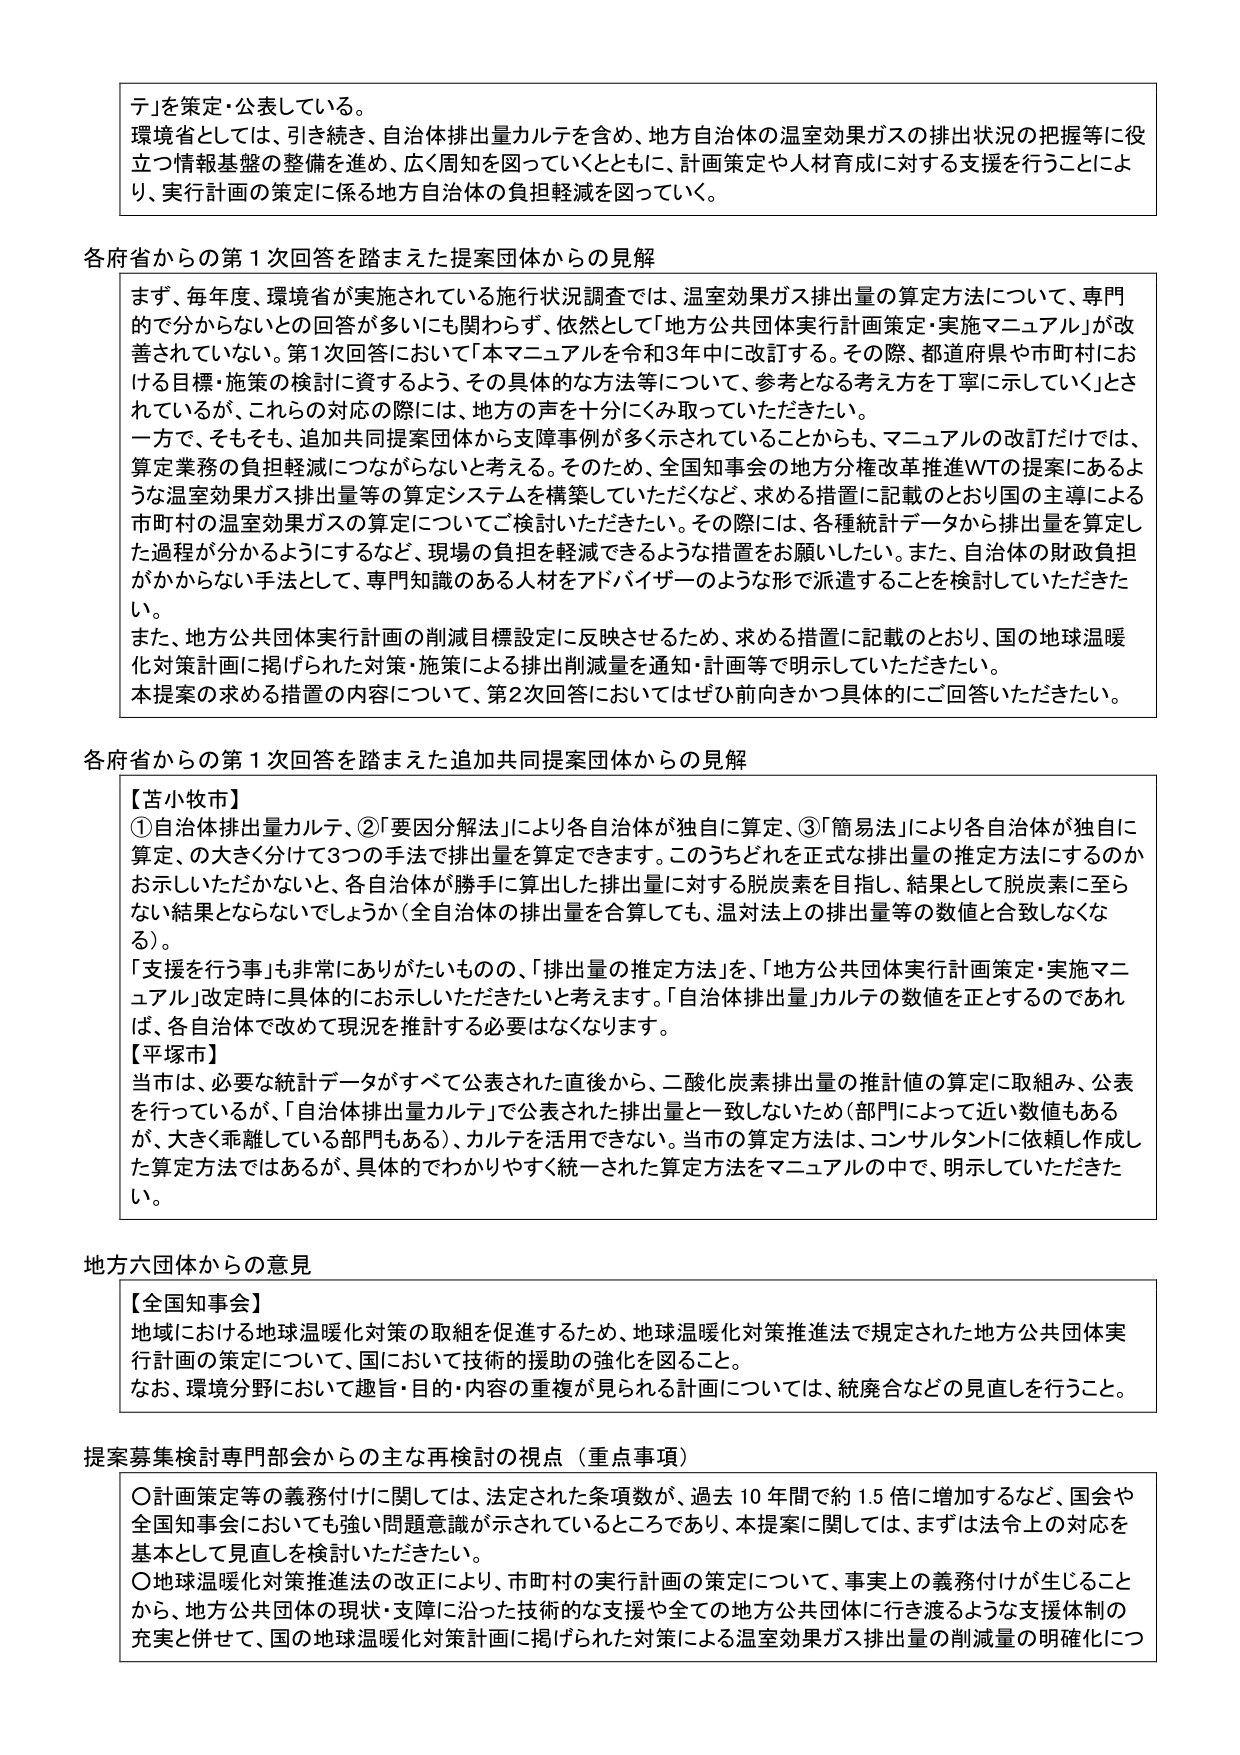
テ」を策定・公表している。
環境省としては、引き続き、自治体排出量カルテを含め、地方自治体の温室効果ガスの排出状況の把握等に役立つ情報基盤の整備を進め、広く周知を図っていくとともに、計画策定や人材育成に対する支援を行うことにより、実行計画の策定に係る地方自治体の負担軽減を図っていく。

各府省からの第1次回答を踏まえた提案団体からの見解
まず、毎年度、環境省が実施されている施行状況調査では、温室効果ガス排出量の算定方法について、専門的で分からないとの回答が多いにも関わらず、依然として「地方公共団体実行計画策定・実施マニュアル」が改善されていない。第1次回答において「本マニュアルを令和3年中に改訂する。その際、都道府県や市町村における目標・施策の検討に資するよう、その具体的な方法等について、参考となる考え方を丁寧に示していく」とされているが、これの対応の際には、地方の声を十分にくみ取っていただきたい。
一方で、そもそも、追加共同提案団体から支障事例が多く示されていることからも、マニュアルの改訂だけでは、算定業務の負担軽減につながらないと考える。そのため、全国知事会の地方分権改革推進WTの提案にあるような温室効果ガス排出量等の算定システムを構築していただくなど、求める措置に記載のとおり国の主導による市町村の温室効果ガスの算定についてご検討いただきたい。その際には、各種統計データから排出量を算定した過程が分かるようにするなど、現場の負担を軽減できるような措置をお願いしたい。また、自治体の財政負担がかからない手法として、専門知識のある人材をアドバイザーのような形で派遣することを検討していただきたい。
また、地方公共団体実行計画の削減目標設定に反映させるため、求める措置に記載のとおり、国の地球温暖化対策計画に掲げられた対策・施策による排出削減量を通知・計画等で明示していただきたい。
本提案の求める措置の内容について、第2次回答においてはぜひ前向きかつ具体的にご回答いただきたい。

各府省からの第1次回答を踏まえた追加共同提案団体からの見解
【苫小牧市】
①自治体排出量カルテ、②「要因分解法」により各自治体が独自に算定、③「簡易法」により各自治体が独自に算定、の大きく分けて3つの手法で排出量を算定できます。このうちどれを正式な排出量の推定方法にするのかお示しいただかないと、各自治体が勝手に算出した排出量に対する脱炭素を目指し、結果として脱炭素に至らない結果とならないでしょうか（全自治体の排出量を合算しても、温対法上の排出量等の数値と合致しなくなる）。
「支援を行う事」も非常にありがたいものの、「排出量の推定方法」を、「地方公共団体実行計画策定・実施マニュアル」改定時に具体的にお示しいただきたいと考えます。「自治体排出量」カルテの数値を正とするのであれば、各自治体で改めて現況を推計する必要はなくなります。
【平塚市】
当市は、必要な統計データがすべて公表された直後から、二酸化炭素排出量の推計値の算定に取組み、公表を行っているが、「自治体排出量カルテ」で公表された排出量と一致しないため（部門によって近い数値もあるが、大きく乖離している部門もある）、カルテを活用できない。当市の算定方法は、コンサルタントに依頼し作成した算定方法ではあるが、具体的でわかりやすく統一された算定方法をマニュアルの中で、明示していただきたい。

地方六団体からの意見
【全国知事会】
地域における地球温暖化対策の取組を促進するため、地球温暖化対策推進法で規定された地方公共団体実行計画の策定について、国において技術的援助の強化を図ること。
なお、環境分野において趣旨・目的・内容の重複が見られる計画については、統廃合などの見直しを行うこと。

提案募集検討専門部会からの主な再検討の視点（重点事項）
〇計画策定等の義務付けに関しては、法定された条項数が、過去10年間で約1.5倍に増加するなど、国会や全国知事会においても強い問題意識が示されているところであり、本提案に関しては、まずは法令上の対応を基本として見直しを検討いただきたい。
〇地球温暖化対策推進法の改正により、市町村の実行計画の策定について、事実上の義務付けが生じることから、地方公共団体の現状・支障に沿った技術的な支援や全ての地方公共団体に行き渡るような支援体制の充実と併せて、国の地球温暖化対策計画に掲げられた対策による温室効果ガス排出量の削減量の明確化につ